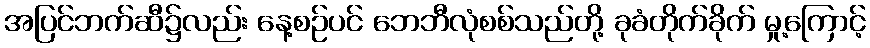
အပြင်ဘက်ဆီ၌လည်း နေ့စဉ်ပင် ဘေဘီလုံစစ်သည်တို့ ခုခံတိုက်ခိုက် မှု့ကြောင့်